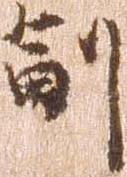
副